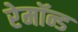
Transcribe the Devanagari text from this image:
रेमॉन्ड